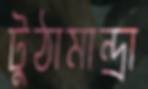
টুঠামান্দ্রা